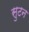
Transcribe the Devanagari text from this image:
सुटन